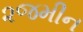
૨જમીન